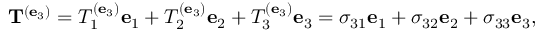
\mathbf { T } ^ { ( \mathbf { e } _ { 3 } ) } = T _ { 1 } ^ { ( \mathbf { e } _ { 3 } ) } \mathbf { e } _ { 1 } + T _ { 2 } ^ { ( \mathbf { e } _ { 3 } ) } \mathbf { e } _ { 2 } + T _ { 3 } ^ { ( \mathbf { e } _ { 3 } ) } \mathbf { e } _ { 3 } = \sigma _ { 3 1 } \mathbf { e } _ { 1 } + \sigma _ { 3 2 } \mathbf { e } _ { 2 } + \sigma _ { 3 3 } \mathbf { e } _ { 3 } ,